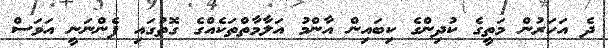
ދެ އަހަރުން މަތީގެ ކުދިންގެ ކިބައިން އާންމު އަލާމާތްތަކެއްގެ ގޮތުގައި ފެންނަނީ އަވަސް